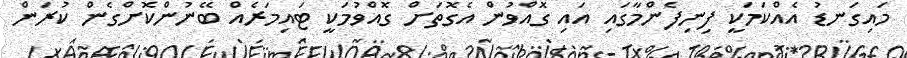
މައިގަނޑު އެއްކަމަކީ ފިނިފެންމާގައި އައި ގޮއްވުން އެގޮތަށް ގޮއްވުމަކީ ޓައިމަރެއް ބޭނުންކޮށްގެން ކުރަން